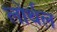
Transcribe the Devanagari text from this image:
लोर्थल